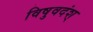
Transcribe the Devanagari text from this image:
विषुवदंश्